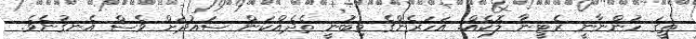
ތީގަ ހުންނާނީ ރެޓީނާ ލޮކެއް. އަހަރެންގެ މިބުނީ ތެދެއްކަން ސައުދަށް ވެސް އެނގުނެވެ.